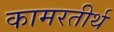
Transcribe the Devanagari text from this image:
कामरतीर्थ